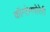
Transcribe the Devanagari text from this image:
कॉन्टेमपोरेरी